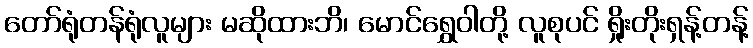
တော်ရုံတန်ရုံလူများ မဆိုထားဘိ၊ မောင်ရွှေဝါတို့ လူစုပင် ရှိုးတိုးရှန့်တန့်